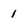
Character: 1